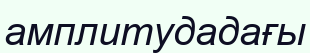
амплитудадағы